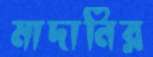
মাদানির